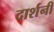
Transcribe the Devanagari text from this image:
दार्शनी